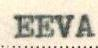
EEVA